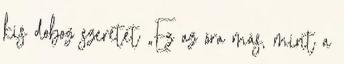
kis doboz szeretet „Ez az óra más, mint a